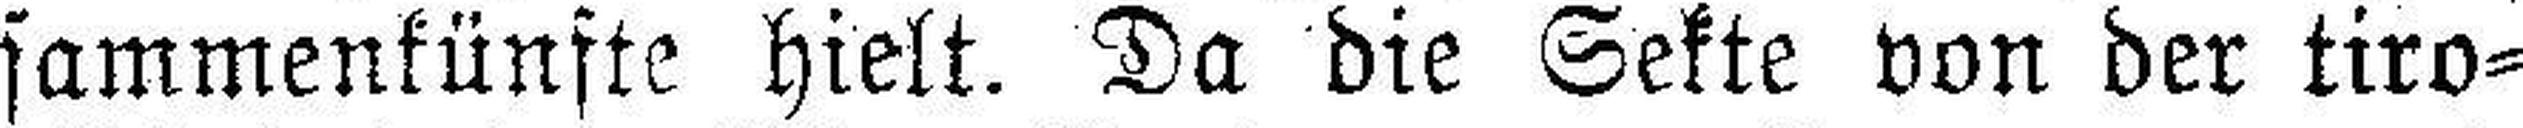
sammenkünfte hielt. Da die Sekte von der tiro¬